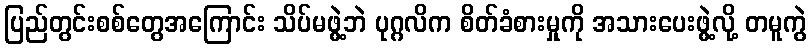
ပြည်တွင်းစစ်တွေအကြောင်း သိပ်မဖွဲ့ဘဲ ပုဂ္ဂလိက စိတ်ခံစားမှုကို အသားပေးဖွဲ့လို့ တမူကွဲ